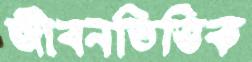
জীবনভিত্তিক